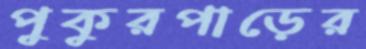
পুকুরপাড়ের